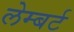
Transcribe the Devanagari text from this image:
लेम्‍बर्ट